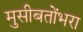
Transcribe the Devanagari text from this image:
मुसीबतोंभरा